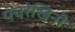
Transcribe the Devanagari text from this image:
पंचरेखिनी